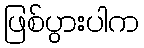
ဖြစ်ပွားပါက